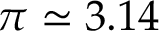
\pi \simeq 3 . 1 4